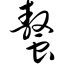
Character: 螯